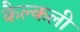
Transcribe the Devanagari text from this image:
कैल्कली